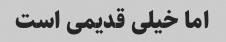
اما خیلی قدیمی است